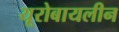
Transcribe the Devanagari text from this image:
यूरोबायलीन